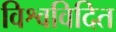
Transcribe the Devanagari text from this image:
विश्वविदित